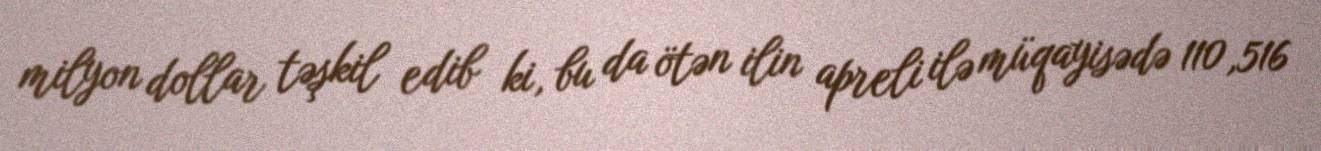
milyon dollar təşkil edib ki, bu da ötən ilin apreli ilə müqayisədə 110,516